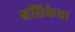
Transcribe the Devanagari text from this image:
ग्रसिकेचा